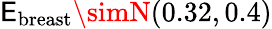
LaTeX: \mathsf{E}_{\mathrm{{breast}}}\simN(0.32,0.4)